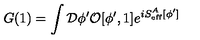
G ( 1 ) = \int { \cal D } \phi ^ { \prime } { \cal O } [ \phi ^ { \prime } , 1 ] e ^ { i S _ { \mathrm { e f f } } ^ { A } [ \phi ^ { \prime } ] }